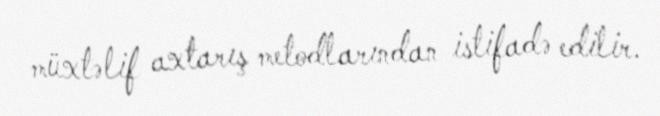
müxtəlif axtarış metodlarından istifadə edilir.